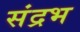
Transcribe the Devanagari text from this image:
संद्रभ